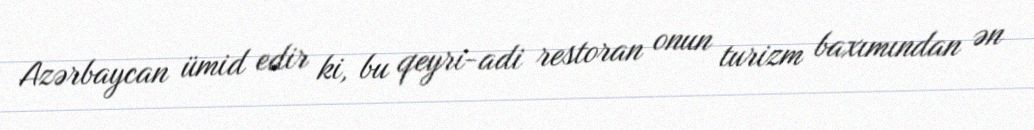
Azərbaycan ümid edir ki, bu qeyri-adi restoran onun turizm baxımından ən